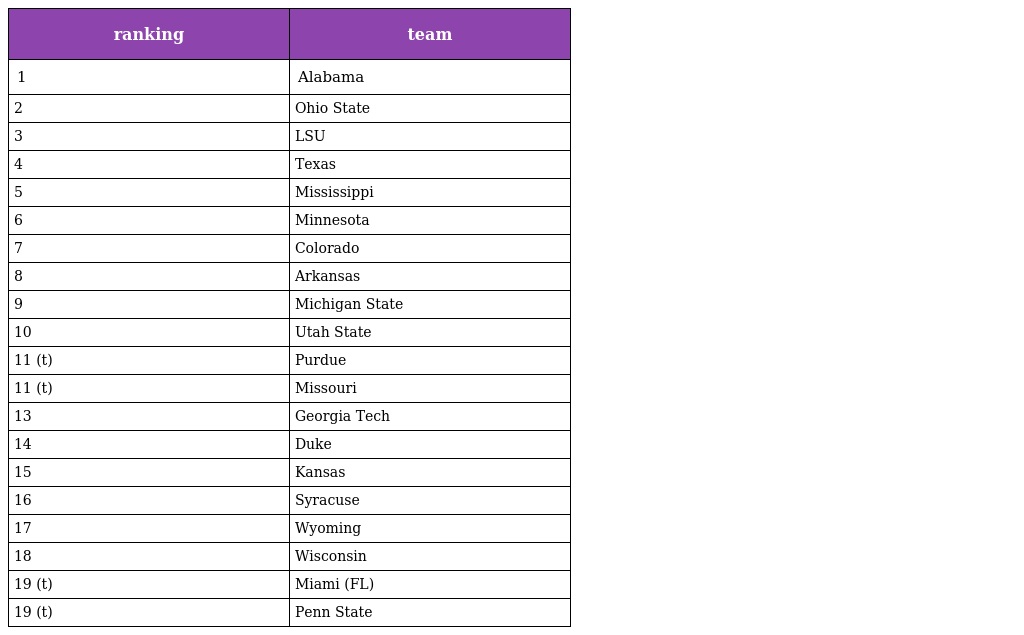
| ranking | team |
 | --- | --- |
 | 1 | Alabama |
 | 2 | Ohio State |
 | 3 | LSU |
 | 4 | Texas |
 | 5 | Mississippi |
 | 6 | Minnesota |
 | 7 | Colorado |
 | 8 | Arkansas |
 | 9 | Michigan State |
 | 10 | Utah State |
 | 11 (t) | Purdue |
 | 11 (t) | Missouri |
 | 13 | Georgia Tech |
 | 14 | Duke |
 | 15 | Kansas |
 | 16 | Syracuse |
 | 17 | Wyoming |
 | 18 | Wisconsin |
 | 19 (t) | Miami (FL) |
 | 19 (t) | Penn State |